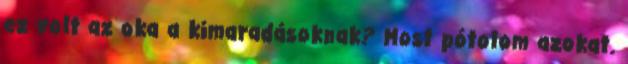
ez volt az oka a kimaradásoknak? Most pótolom azokat.